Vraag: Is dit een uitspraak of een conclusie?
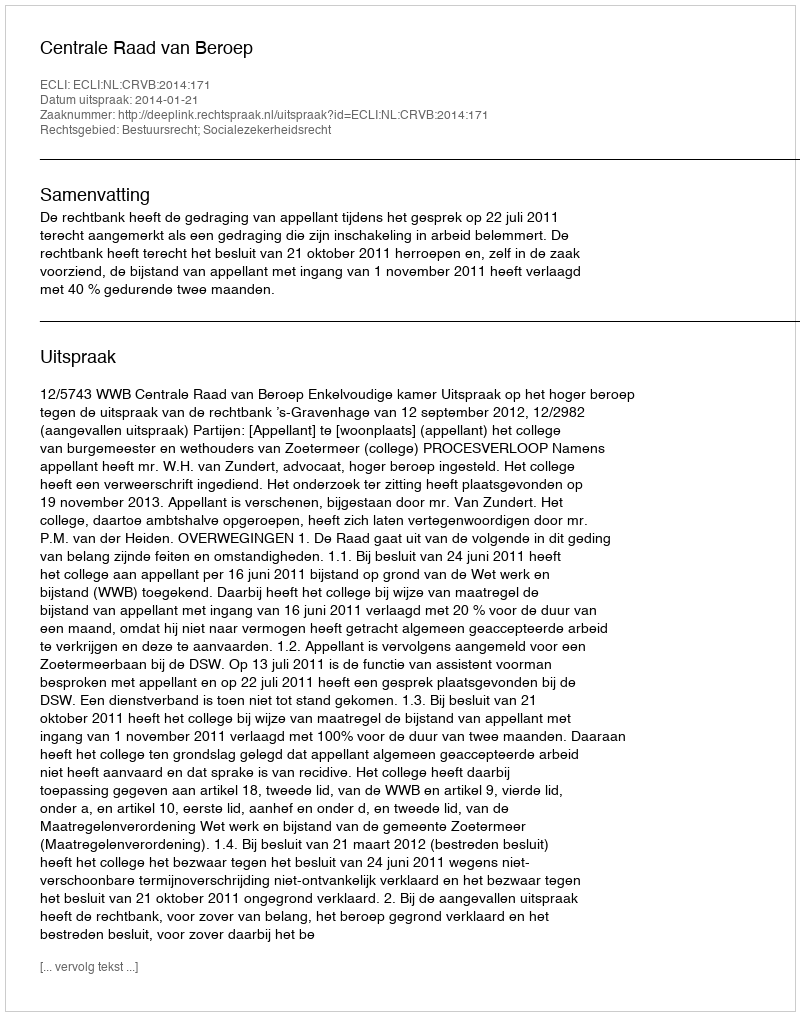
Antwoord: Uitspraak